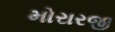
મોરારજી